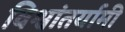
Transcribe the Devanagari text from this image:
विश्वांतर्यामी